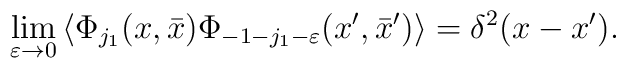
\lim_{\varepsilon \rightarrow 0}\left\langle \Phi _{j_{1}}(x,\bar{x})\Phi_{-1-j_{1}-\varepsilon }(x^{\prime },\bar{x}^{\prime })\right\rangle=\delta^2 (x-x^{\prime }).